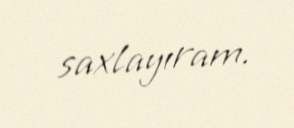
saxlayıram.